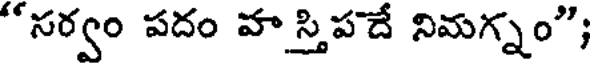
"సర్వం పదం వాస్తిపదే నిమగ్నం";